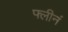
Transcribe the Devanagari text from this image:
फ्लीनं